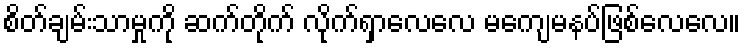
စိတ်ချမ်းသာမှုကို ဆက်တိုက် လိုက်ရှာလေလေ မကျေမနပ်ဖြစ်လေလေ။